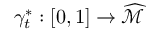
\gamma _ { t } ^ { * } : [ 0 , 1 ] \rightarrow \widehat { \mathcal { M } }